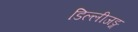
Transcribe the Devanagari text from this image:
डिल्लीजङ्ग